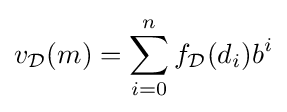
v_{\mathcal {D}}(m)=\sum _{i=0}^{n}f_{\mathcal {D}}(d_{i})b^{i}